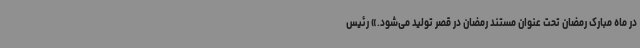
در ماه مبارک رمضان تحت عنوان مستند رمضان در قصر تولید می‌شود.» رئیس